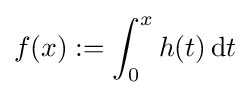
f(x):=\int _{0}^{x}h(t)\,\mathrm {d} t